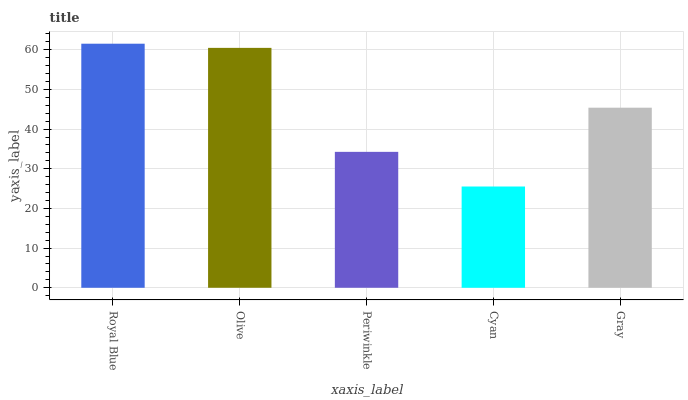
| xaxis_label | bars |
 | --- | --- |
 | Royal Blue | 61.5 |
 | Olive | 60.5 |
 | Periwinkle | 34.3 |
 | Cyan | 25.5 |
 | Gray | 45.4 |